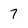
Character: 7